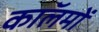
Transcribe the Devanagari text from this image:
काॅलमों